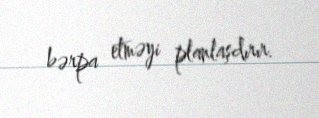
bərpa etməyi planlaşdırır.